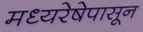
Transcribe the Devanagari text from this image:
मध्यरेषेपासून